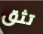
تثق